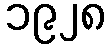
၁၉၂၈